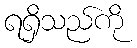
ရရှိသည်ကို